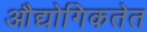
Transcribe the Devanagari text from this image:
औद्योगिकतेत